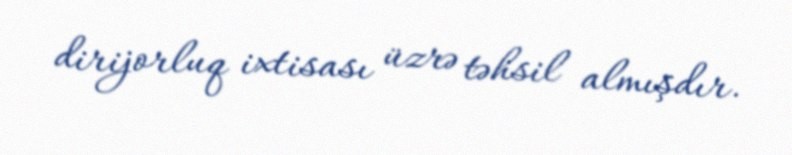
dirijorluq ixtisası üzrə təhsil almışdır.